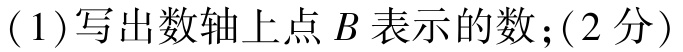
(1)写出数轴上点\(B\)表示的数；(2分)